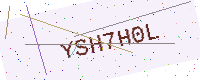
Text: YSH7H0L